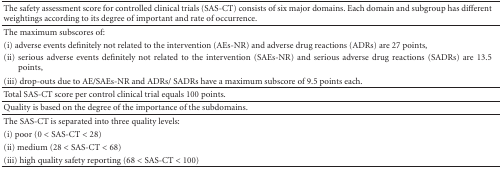
| The safety assessment score for controlled clinical trials (SAS-CT) consists of six major domains. Each domain and subgroup has different weightings according to its degree of important and rate of occurrence. |
 | --- |
 | The maximum subscores of: |
 | (i) adverse events definitely not related to the intervention (AEs-NR) and adverse drug reactions (ADRs) are 27 points, |
 | (ii) serious adverse events definitely not related to the intervention (SAEs-NR) and serious adverse drug reactions (SADRs) are 13.5points, |
 | (iii) drop-outs due to AE/SAEs-NR and ADRs/ SADRs have a maximum subscore of 9.5 points each. |
 | Total SAS-CT score per control clinical trial equals 100 points. |
 | Quality is based on the degree of the importance of the subdomains. |
 | The SAS-CT is separated into three quality levels: |
 | (i) poor (0 < SAS-CT < 28) |
 | (ii) medium (28 < SAS-CT < 68) |
 | (iii) high quality safety reporting (68 < SAS-CT < 100) |